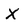
Character: X